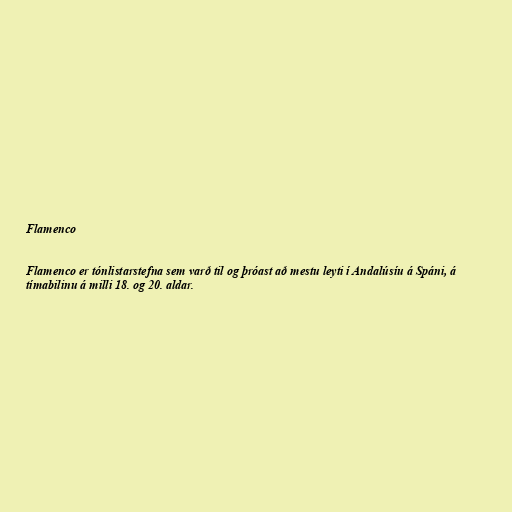
Flamenco

Flamenco er tónlistarstefna sem varð til og þróast að mestu leyti í Andalúsíu á Spáni, á
tímabilinu á milli 18. og 20. aldar.